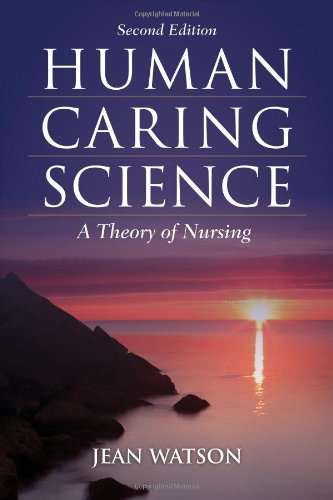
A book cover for Human Caring Science: A Theory of Nursing (Watson, Nursing: Human Science and Human Care); Jean Watson; Medical Books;